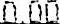
0.00